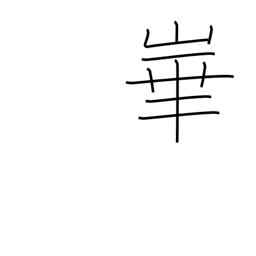
Meaning: name of mountain